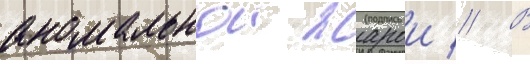
аномальнои жарои // В